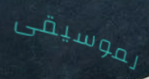
لموسيقى